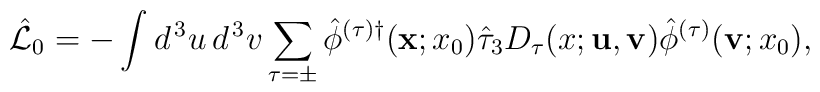
\hat{\cal L}_0 = - \int d^{\, 3} u \, d^{\, 3} v \sum_{\tau = \pm} \hat{\phi}^{(\tau) \dagger} ({\bf x}; x_0) \hat{\tau}_3 D_\tau (x; {\bf u}, {\bf v}) \hat{\phi}^{(\tau)} ({\bf v}; x_0) ,